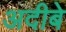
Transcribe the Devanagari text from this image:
अदीबे